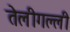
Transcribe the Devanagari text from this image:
तेलीगल्ली